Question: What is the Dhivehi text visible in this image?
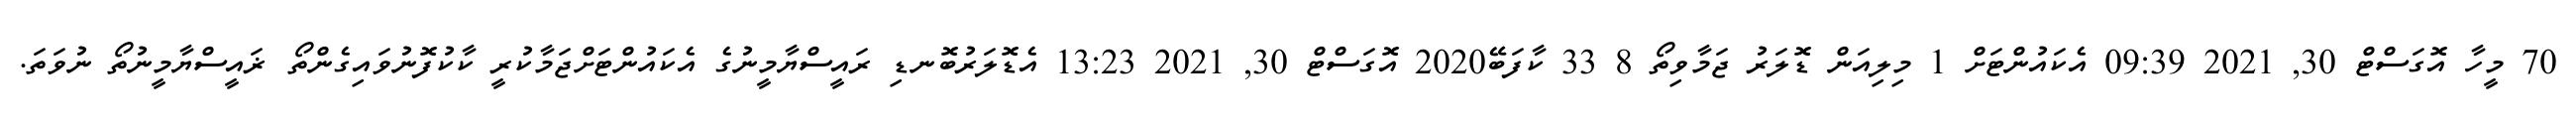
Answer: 70 މީހާ އޮގަސްޓް 30, 2021 09:39 އެކައުންޓަށް 1 މިލިއަން ޑޮލަރު ޖަމާވިތޯ 8 33 ކާފަބޭ2020 އޮގަސްޓް 30, 2021 13:23 އެޑޮލަރުބޮނޑި ރައީސްޔާމީނުގެ އެކައުންޓަށްޖަމާކުރީ ކާކުފޮނުވައިގެންތޯ ޜައީސްޔާމީނުތޯ ނުވަތަ.